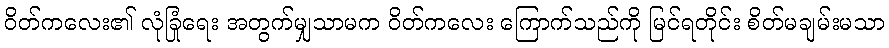
ဝိတ်ကလေး၏ လုံခြုံရေး အတွက်မျှသာမက ဝိတ်ကလေး ကြောက်သည်ကို မြင်ရတိုင်း စိတ်မချမ်းမသာ